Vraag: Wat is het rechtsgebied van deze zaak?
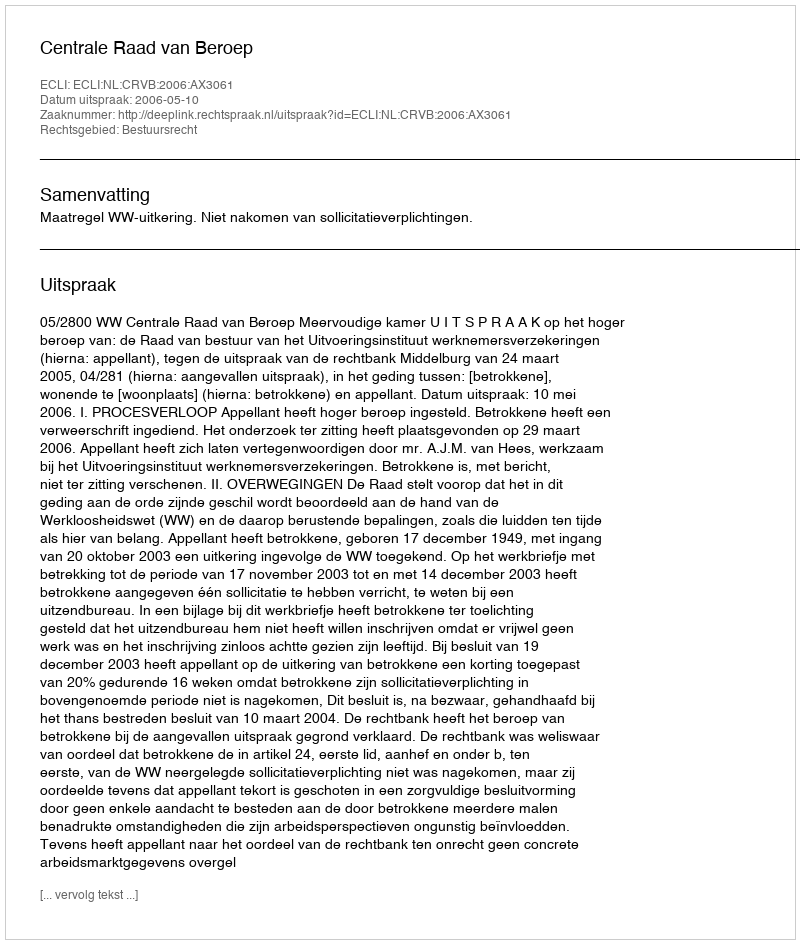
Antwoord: Bestuursrecht